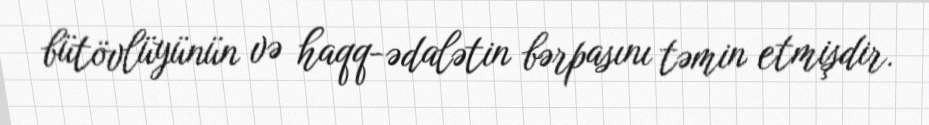
bütövlüyünün və haqq-ədalətin bərpasını təmin etmişdir.